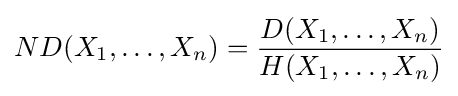
ND(X_{1},\ldots ,X_{n})={\frac {D(X_{1},\ldots ,X_{n})}{H(X_{1},\ldots ,X_{n})}}